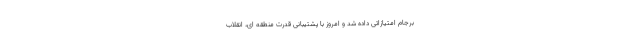
برجام امتیازاتی داده شد و امروز با پشتیبانی قدرت منطقه ای، انقلاب